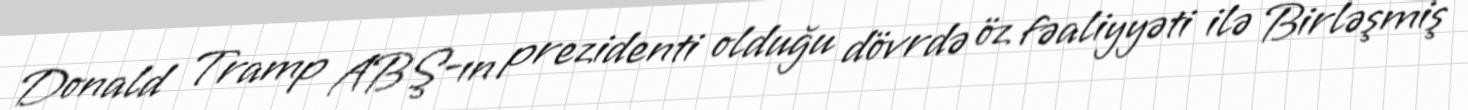
Donald Tramp ABŞ-ın prezidenti olduğu dövrdə öz fəaliyyəti ilə Birləşmiş